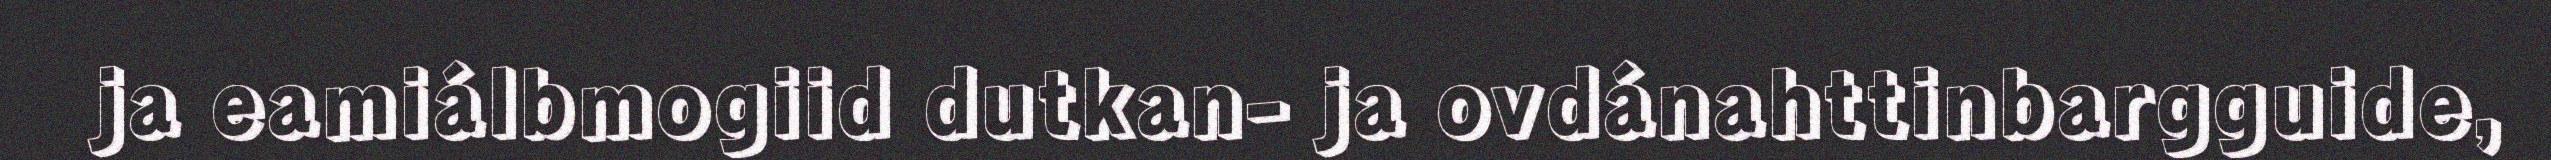
ja eamiálbmogiid dutkan- ja ovdánahttinbargguide,